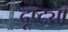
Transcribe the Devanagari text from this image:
दूष्ट्या